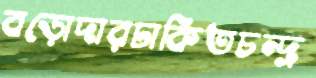
বড়োদারঢাকিতচন্দ্র